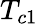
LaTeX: T_{c1}